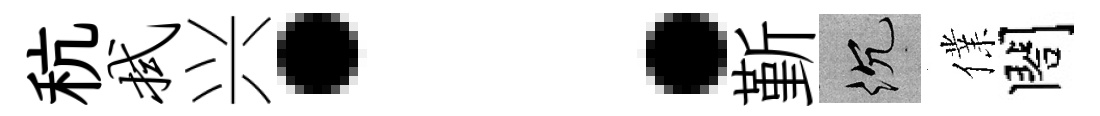
秔拭兴：斳沉㒒閤